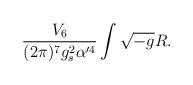
LaTeX: \begin{align*}{V_6\over (2\pi)^7 g_{s}^2\alpha'^4}\int \sqrt{-g}R.\end{align*}